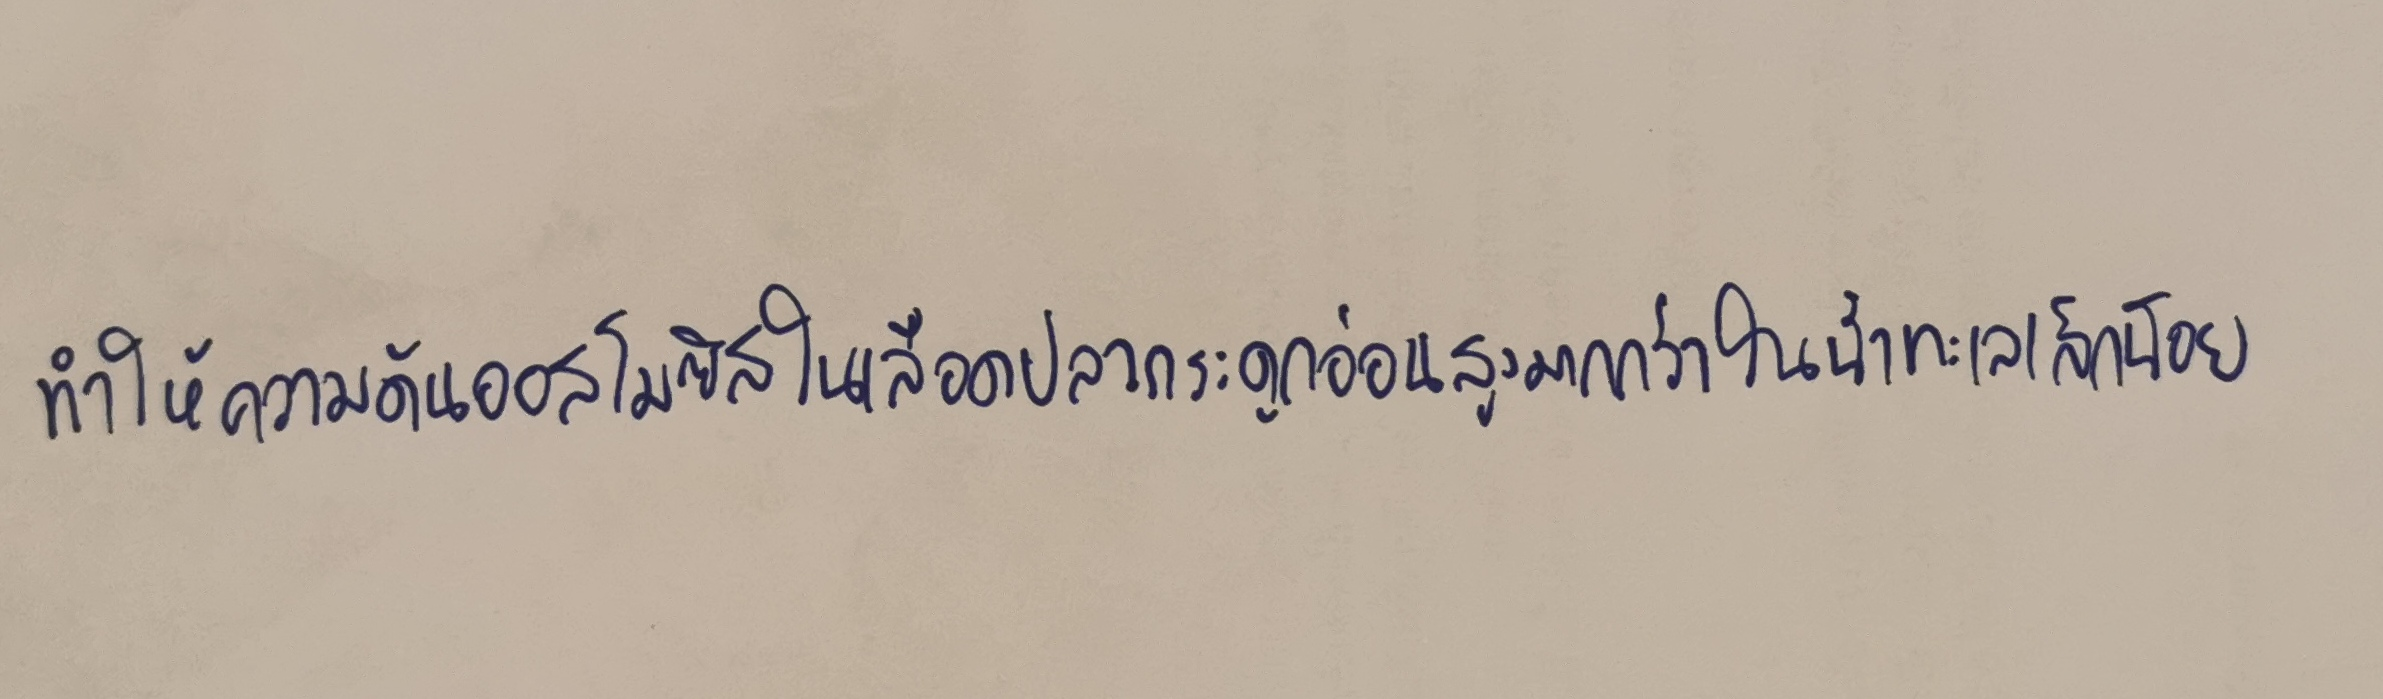
ทำให้ความดันออสโมซิสในเลือดปลากระดูกอ่อนสูงมากกว่าในน้ำทะเลเล็กน้อย